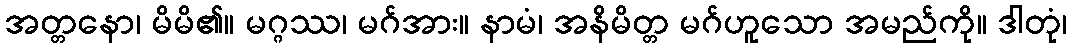
အတ္တနော၊ မိမိ၏။ မဂ္ဂဿ၊ မဂ်အား။ နာမံ၊ အနိမိတ္တ မဂ်ဟူသော အမည်ကို။ ဒါတုံ၊